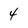
Character: 4